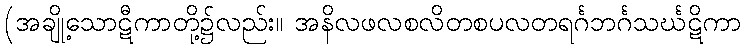
(အချို့သောဋီကာတို့၌လည်း။ အနိလဖလစလိတစပလတရင်္ဂဘင်္ဂသင်္ဃဋိကာ